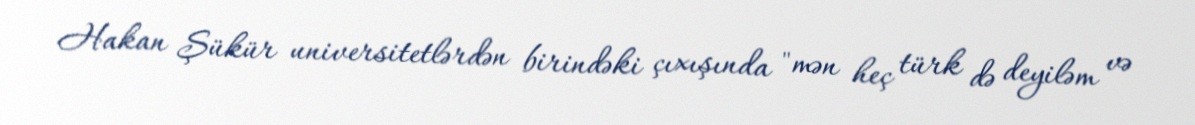
Hakan Şükür universitetlərdən birindəki çıxışında "mən heç türk də deyiləm və